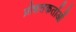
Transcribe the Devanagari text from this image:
प्रोन्नतकर्ताओं